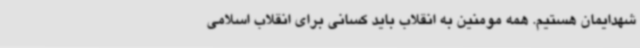
شهدایمان هستیم. همه مومنین به انقلاب باید کسانی برای انقلاب اسلامی